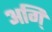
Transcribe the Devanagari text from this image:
अगि्